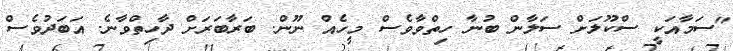
"ސަމާއަކީ ސްކޫލަށް ސަލާން ބުނާ ހިތްވާވެސް މީހެއް ނޫން. ބަރާބަރަށް ދާހިތްވާނެ. އަބަދުވެސް